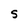
Character: S